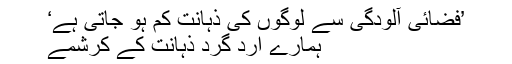
’فضائی آلودگی سے لوگوں کی ذہانت کم ہو جاتی ہے‘
ہمارے ارد گرد ذہانت کے کرشمے